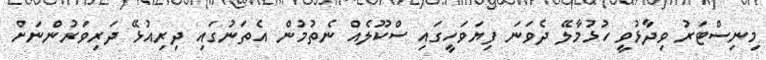
މިނިސްޓަރު ވިދާޅުވީ ހުޅުމާލޭ ދެވަނަ ފިޔަވަހީގައި ސްކޫލެއް ނެތުމުން އެތަނުގައި ދިރިއުޅޭ ދަރިވަރުންނަށް